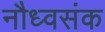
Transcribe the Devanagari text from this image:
नौध्वसंक